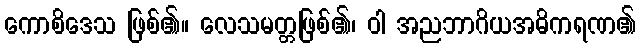
ကောစိဒေသ ဖြစ်၏။ လေသမတ္တဖြစ်၏၊ ဝါ အညဘာဂိယအဓိကရဏ၏